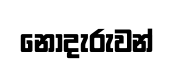
නොදැරුවන්